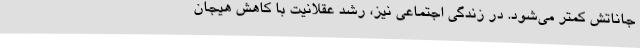
جاناتش کمتر می‌شود. در زندگی اجتماعی نیز، رشد عقلانیت با کاهش هیجان